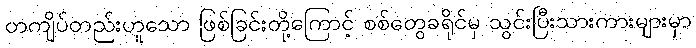
တကျိပ်တည်းဟူသော ဖြစ်ခြင်းတို့ကြောင့် စစ်တွေခရိုင်မှ သွင်းပြီးသားကားများမှာ